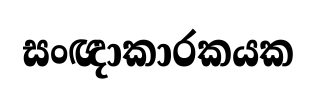
සංඥාකාරකයක